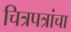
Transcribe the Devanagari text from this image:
चित्रपत्रांचा